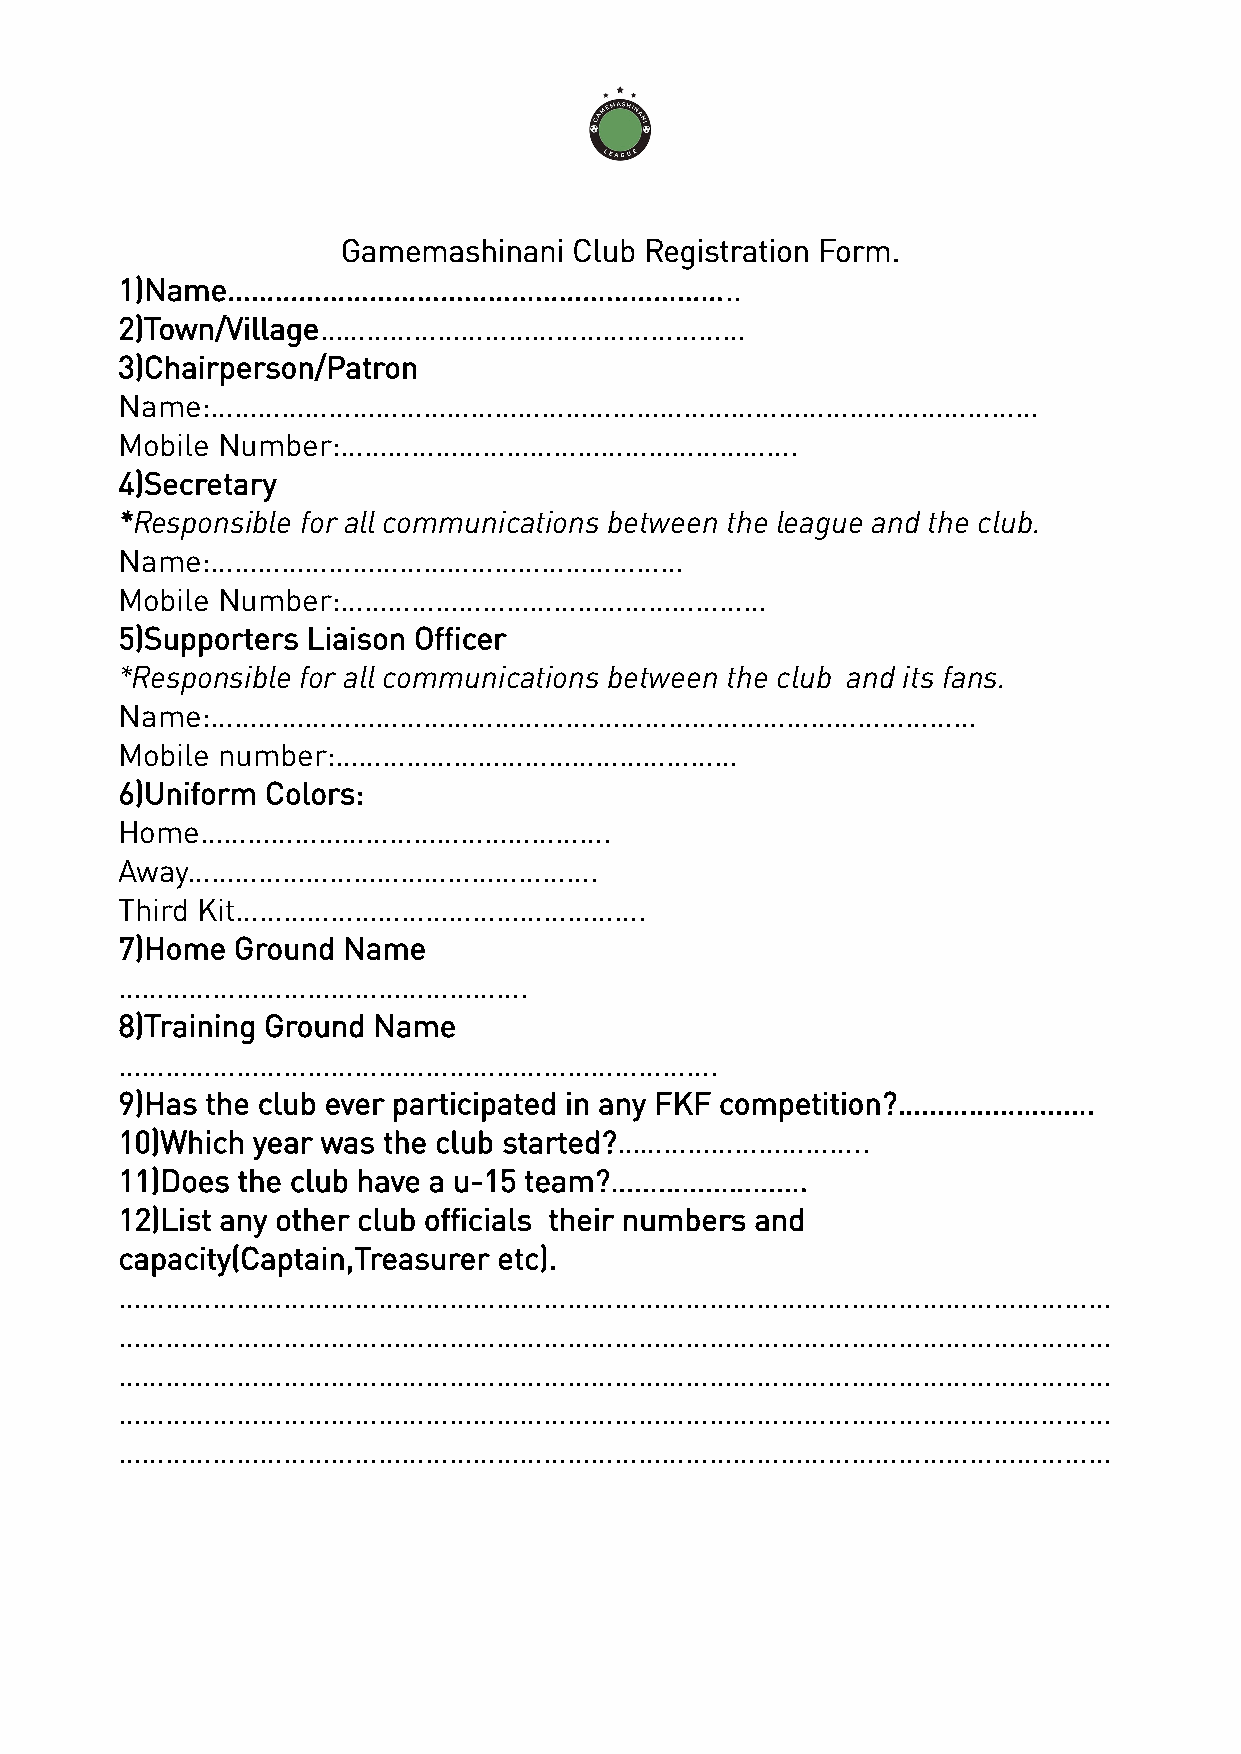
Gamemashinani  Club Registration Form.
 1)Name………………………………………………………..
 2)Town/Village………………………………………………
 3)Chairperson/Patron
 Name:……………………………………………………………………………………………
 Mobile Number:………………………………………………….
 4)Secretary
 *Responsible for all communications between the league and the club.
 Name:……………………………………………………
 Mobile Number:………………………………………………
 5)Supporters Liaison Officer
 *Responsible for all communications between the club and its fans.
 Name:………………………………………….…………………………………………
 Mobile number:……………………………………………
 6)Uniform Colors:
 Home…………………………………………….
 Away…………………………………………….
 Third Kit…………………………………………….
 7)Home Ground  Name
 …………………………………………….
 8)Training Ground Name
 ………………………………………………………………….
 9)Has the club ever participated in any FKF competition?…………………….
 10)Which year was the club started?…………………………..
 11)Does the club have a u-15 team?…………………….
 12)List any other club officials their numbers and
 capacity(Captain,Treasurer etc).
 ………………………………………………………………………………………………………………
 ………………………………………………………………………………………………………………
 ………………………………………………………………………………………………………………
 ………………………………………………………………………………………………………………
 ………………………………………………………………………………………………………………